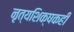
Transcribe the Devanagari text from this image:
नृत्यशिक्षकही